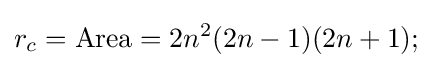
r_{c}={\text{Area}}=2n^{2}(2n-1)(2n+1);